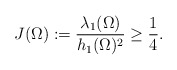
\begin{align*} J(\Omega):=\frac{\lambda_1(\Omega)}{h_1(\Omega)^2} \geq \frac{1}{4}.\end{align*}